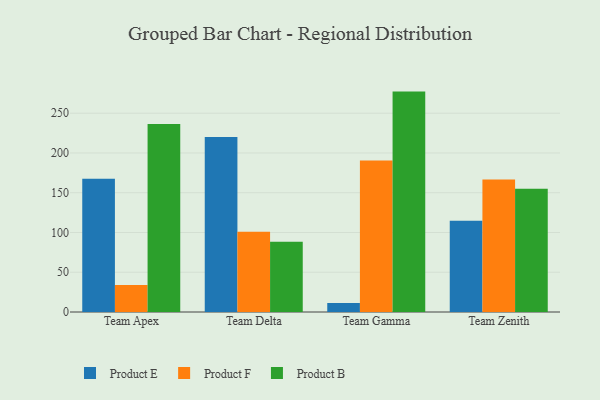
{"axis": {"x": "Team", "y": "Temperature (°C)"}, "legend": ["Product B", "Product E", "Product F"], "data": [{"x": "Team Apex", "y": 167.6, "type": "Product E"}, {"x": "Team Apex", "y": 34.1, "type": "Product F"}, {"x": "Team Apex", "y": 236.4, "type": "Product B"}, {"x": "Team Delta", "y": 220.0, "type": "Product E"}, {"x": "Team Delta", "y": 100.8, "type": "Product F"}, {"x": "Team Delta", "y": 88.2, "type": "Product B"}, {"x": "Team Gamma", "y": 11.4, "type": "Product E"}, {"x": "Team Gamma", "y": 190.7, "type": "Product F"}, {"x": "Team Gamma", "y": 277.2, "type": "Product B"}, {"x": "Team Zenith", "y": 114.9, "type": "Product E"}, {"x": "Team Zenith", "y": 166.5, "type": "Product F"}, {"x": "Team Zenith", "y": 155.0, "type": "Product B"}]}